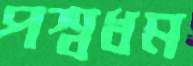
পশ্বধম